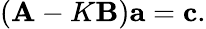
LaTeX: \left({\mathbf A}-K{\mathbf B}\right)\textbf{a}=\textbf{c}.